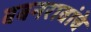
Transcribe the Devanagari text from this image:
बबनरावांचे